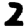
Digit: 2